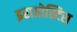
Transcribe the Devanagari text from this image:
इराग्रोस्टिस